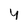
Character: y